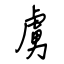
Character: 虜